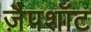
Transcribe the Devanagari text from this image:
ज़ैपशॉट